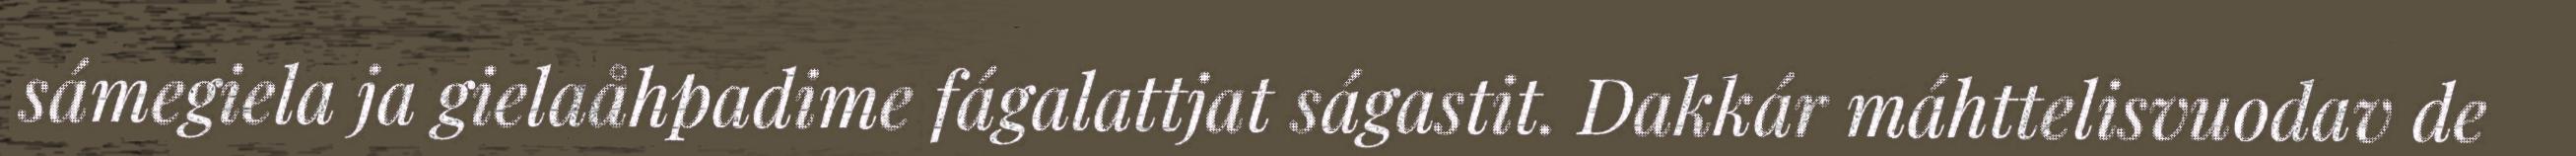
sámegiela ja gielaåhpadime fágalattjat ságastit. Dakkár máhttelisvuodav de